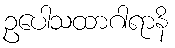
ဥပေါသထာဂါရာနိ